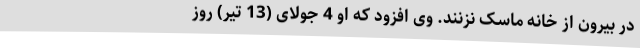
در بیرون از خانه ماسک نزنند. وی افزود که او 4 جولای (13 تیر) روز